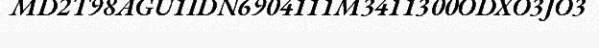
MD2T98AGU1IDN6904111M3411300ODXO3JO3